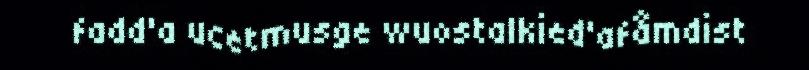
fadd'a ucetmusge wuostalkied'afåmdist